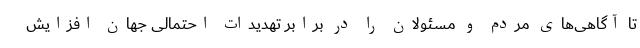
تا آگاهی‌های مردم و مسئولان را در برابر تهدیدات احتمالی جهان افزایش